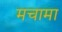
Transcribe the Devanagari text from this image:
मचामा